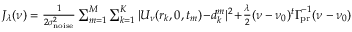
\begin{array} { r } { J _ { \lambda } ( \ensuremath { \boldsymbol \nu } ) = { \frac { 1 } { 2 \sigma _ { \mathrm { n o i s e } } ^ { 2 } } } \sum _ { m = 1 } ^ { M } \sum _ { k = 1 } ^ { K } | U _ { \boldsymbol \nu } ( r _ { k } , 0 , t _ { m } ) \! - \! d _ { k } ^ { m } | ^ { 2 } \! + \! { \frac { \lambda } { 2 } } ( \boldsymbol \nu - \ensuremath { \boldsymbol \nu } _ { 0 } ) ^ { t } \ensuremath { \boldsymbol \Gamma _ { \! \mathrm { p r } } } ^ { - 1 } ( \boldsymbol \nu - \ensuremath { \boldsymbol \nu } _ { 0 } ) } \end{array}